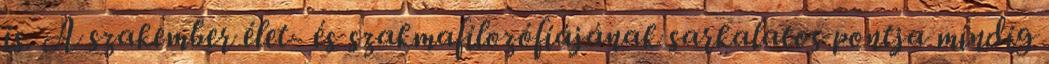
is. A szakember élet- és szakmafilozófiájának sarkalatos pontja mindig